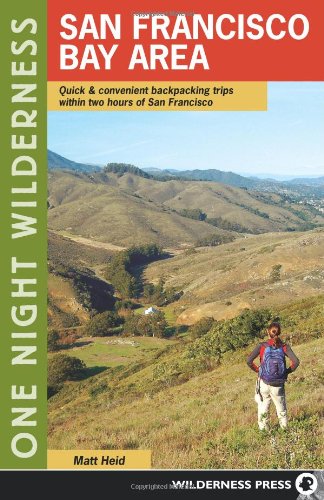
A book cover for One Night Wilderness: San Francisco Bay Area: Quick and Convenient Backpacking Trips within Two Hours of San Francisco; Matt Heid; Health, Fitness & Dieting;